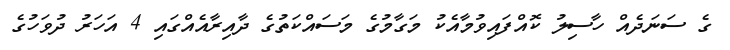
ގެ ސަނަދެއް ހާސިލު ކޮއްފައިވުމާއެކު މަގާމުގެ މަސައްކަތުގެ ދާއިރާއެއްގައި 4 އަހަރު ދުވަހުގެ